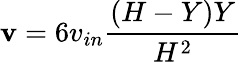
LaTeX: \mathbf{v}=6v_{in}\frac{(H-Y)Y}{H^{2}}